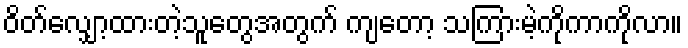
ဝိတ်လျှော့ထားတဲ့သူတွေအတွက် ကျတော့ သကြားမဲ့ကိုကာကိုလာ။